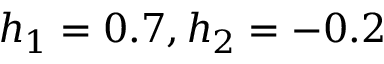
h _ { 1 } = 0 . 7 , h _ { 2 } = - 0 . 2